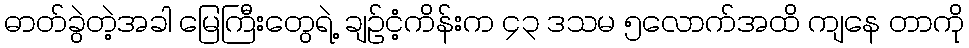
ဓာတ်ခွဲတဲ့အခါ မြေကြီးတွေရဲ့ ချဉ်ငံ့ကိန်းက ၄၃ ဒသမ ၅လောက်အထိ ကျနေ တာကို